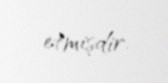
etmişdir.